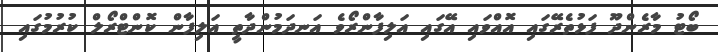
ބޯޓު މާރެންދޫ ފަޅުތެރޭގައި އޮއްވައި އޭގައި އަލިފާންރޯވެ އަނދަމުންދާތީ އަލިފާން ކޮންޓްރޯލް ކުރުމުގައި